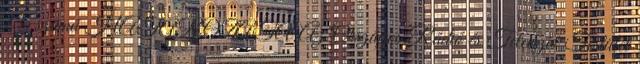
13. számú HATÁROZATA Az Országos Rádió és Televízió Testület